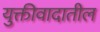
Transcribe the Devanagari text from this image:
युक्तीवादातील